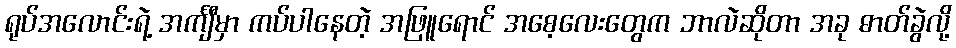
ရုပ်အလောင်းရဲ့ အင်္ကျီမှာ ကပ်ပါနေတဲ့ အဖြူရောင် အစေ့လေးတွေက ဘာလဲဆိုတာ အခု ဓာတ်ခွဲလို့